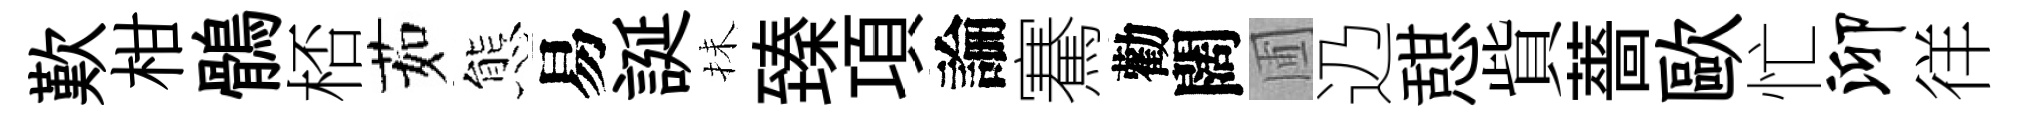
歎柑鶻桮茹態易誕抺臻項論騫勸闊圃辸憇貲薔歐忙泖徉